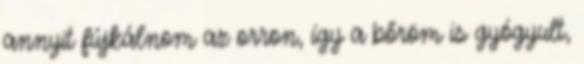
annyit fújkálnom az orron, így a bőröm is gyógyult,